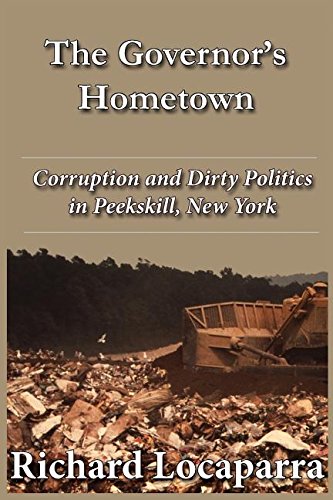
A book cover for The Governor's Hometown: Corruption and Dirty Politics in Peekskill, New York; Rich Locaparra; Law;